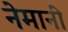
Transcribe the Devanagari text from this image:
नेमानी